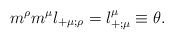
LaTeX: \begin{align*}{m}^\rho {m}^\mu l_{+\mu;\rho}=l^\mu_{+;\mu}\equiv\theta.\end{align*}